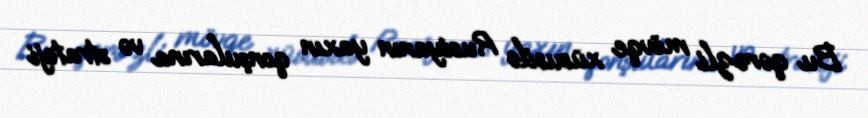
Bu qərəzli mövqe xüsusilə Rusiyanın yaxın qonşularına və strateji